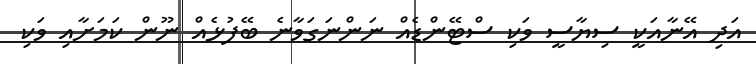
އަދި އޭނާއަކީ ސިޔާސީ ވަކި ސްޓޭންޑެއް ނަންނަގަވާނެ ބޭފުޅެއް ނޫން ކަމަށާއި ވަކި